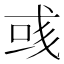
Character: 彧